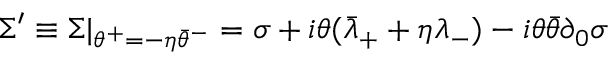
\Sigma ^ { \prime } \equiv \Sigma | _ { \theta ^ { + } = - \eta \bar { \theta } ^ { - } } = \sigma + i \theta ( \bar { \lambda } _ { + } + \eta \lambda _ { - } ) - i \theta \bar { \theta } \partial _ { 0 } \sigma